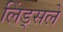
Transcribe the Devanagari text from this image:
लिंड्सले